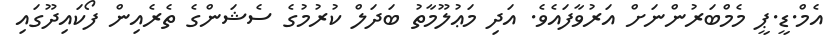
އެމް.ޑީ.ޕީ މެމްބަރުންނަށް އަރުވާފައެވެ. އަދި މަޢުލޫމާތު ބަދަލް ކުރުމުގެ ސެޝަންގެ ތެރެއިން ފޯކައިދޫގައި